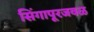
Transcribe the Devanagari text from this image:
सिंगापूरजवळ